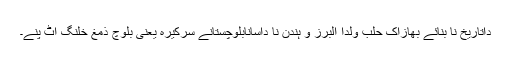
داتاریخ نا بنائے بھازاک حلب ولدا البرز و ہندن نا داسانابلوچستانے سرکیرہ یعنی بلوچ ذمغ خلنگ اٹ پنے۔